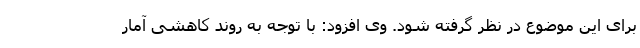
برای این موضوع در نظر گرفته شود. وی افزود: با توجه به روند کاهشی آمار